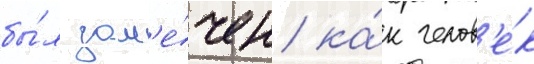
бы́л зам'е́чен ка́к челов'е́к